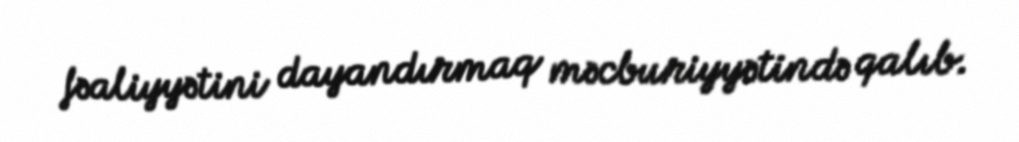
fəaliyyətini dayandırmaq məcburiyyətində qalıb.